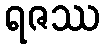
ရဇဿ